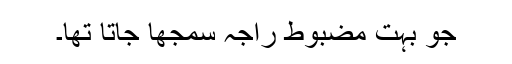
جو بہت مضبوط راجہ سمجھا جاتا تھا۔